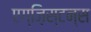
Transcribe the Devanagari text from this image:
एग्ज़िस्टन्स